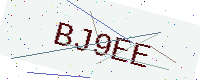
Text: BJ9EE